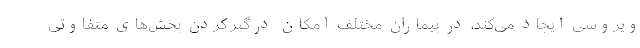
ویروسی ایجاد می‌کند، در بیماران مختلف امکان درگیر کردن بخش‌های متفاوتی